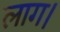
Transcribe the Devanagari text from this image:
लाग।